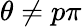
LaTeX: \theta\neq p\pi